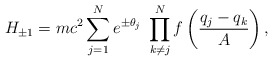
\begin{align*}H_{\pm1} = mc^2\sum_{j=1}^N e^{\pm \theta_j}\ \prod^N_{k\not= j}f\left(\frac{q_j-q_k}{A}\right),\end{align*}